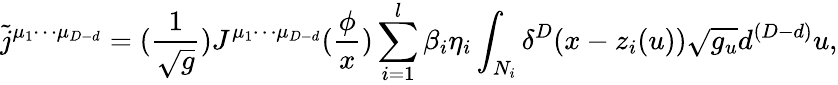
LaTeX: \tilde{j}^{\mu_{1}\cdots\mu_{D-d}}=(\frac 1{\sqrt{g}})J^{\mu_{1}\cdots\mu_{D-d}}(\frac\phi x)\sum_{i=1}^{l}\beta_{i}\eta_{i}\int_{N_{i}}\delta^{D}(x-z_{i}(u))\sqrt{g_{u}}d^{(D-d)}u,